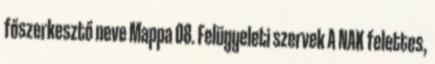
főszerkesztő neve Mappa 08. Felügyeleti szervek A NAK felettes,